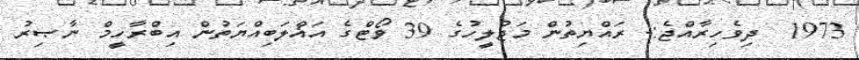
1973  ދިވެހިރާއްޖެ:- ރައްޔިތުން މަޖުލީހުގެ 39 ވޯޓްގެ އަޣްލަބިއްޔަތުން އިބްރާހީމް ނާޞިރު